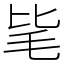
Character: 毞